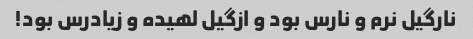
نارگیل نرم و نارس بود و ازگیل لهیده و زیادرس بود!